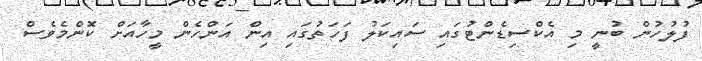
ފުލުހުން ބުނީ މި އެކްސިޑެންޓުގައި ސައިކަލު ފަހަތުގައި އިން އަންހެން މީހާާއަށް ކޮންމެވެސް